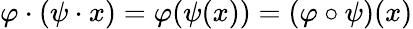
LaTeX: \varphi\cdot(\psi\cdot x)=\varphi(\psi(x))=(\varphi\circ\psi)(x)